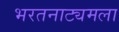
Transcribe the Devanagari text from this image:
भरतनाट्यमला